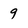
Character: 9